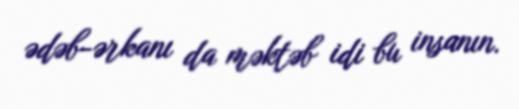
ədəb-ərkanı da məktəb idi bu insanın.